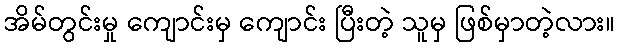
အိမ်တွင်းမှု ကျောင်းမှ ကျောင်း ပြီးတဲ့ သူမှ ဖြစ်မှာတဲ့လား။